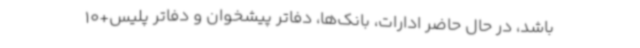
باشد، در حال حاضر ادارات، بانک‌ها، دفاتر پیشخوان و دفاتر پلیس+10